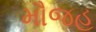
મૌજહ